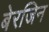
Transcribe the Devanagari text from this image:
बेरजिन